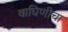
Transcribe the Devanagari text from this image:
वाघिणीचा